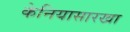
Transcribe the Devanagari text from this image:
केनियासारखा